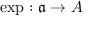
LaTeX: \exp : { \mathfrak { a } } \to A